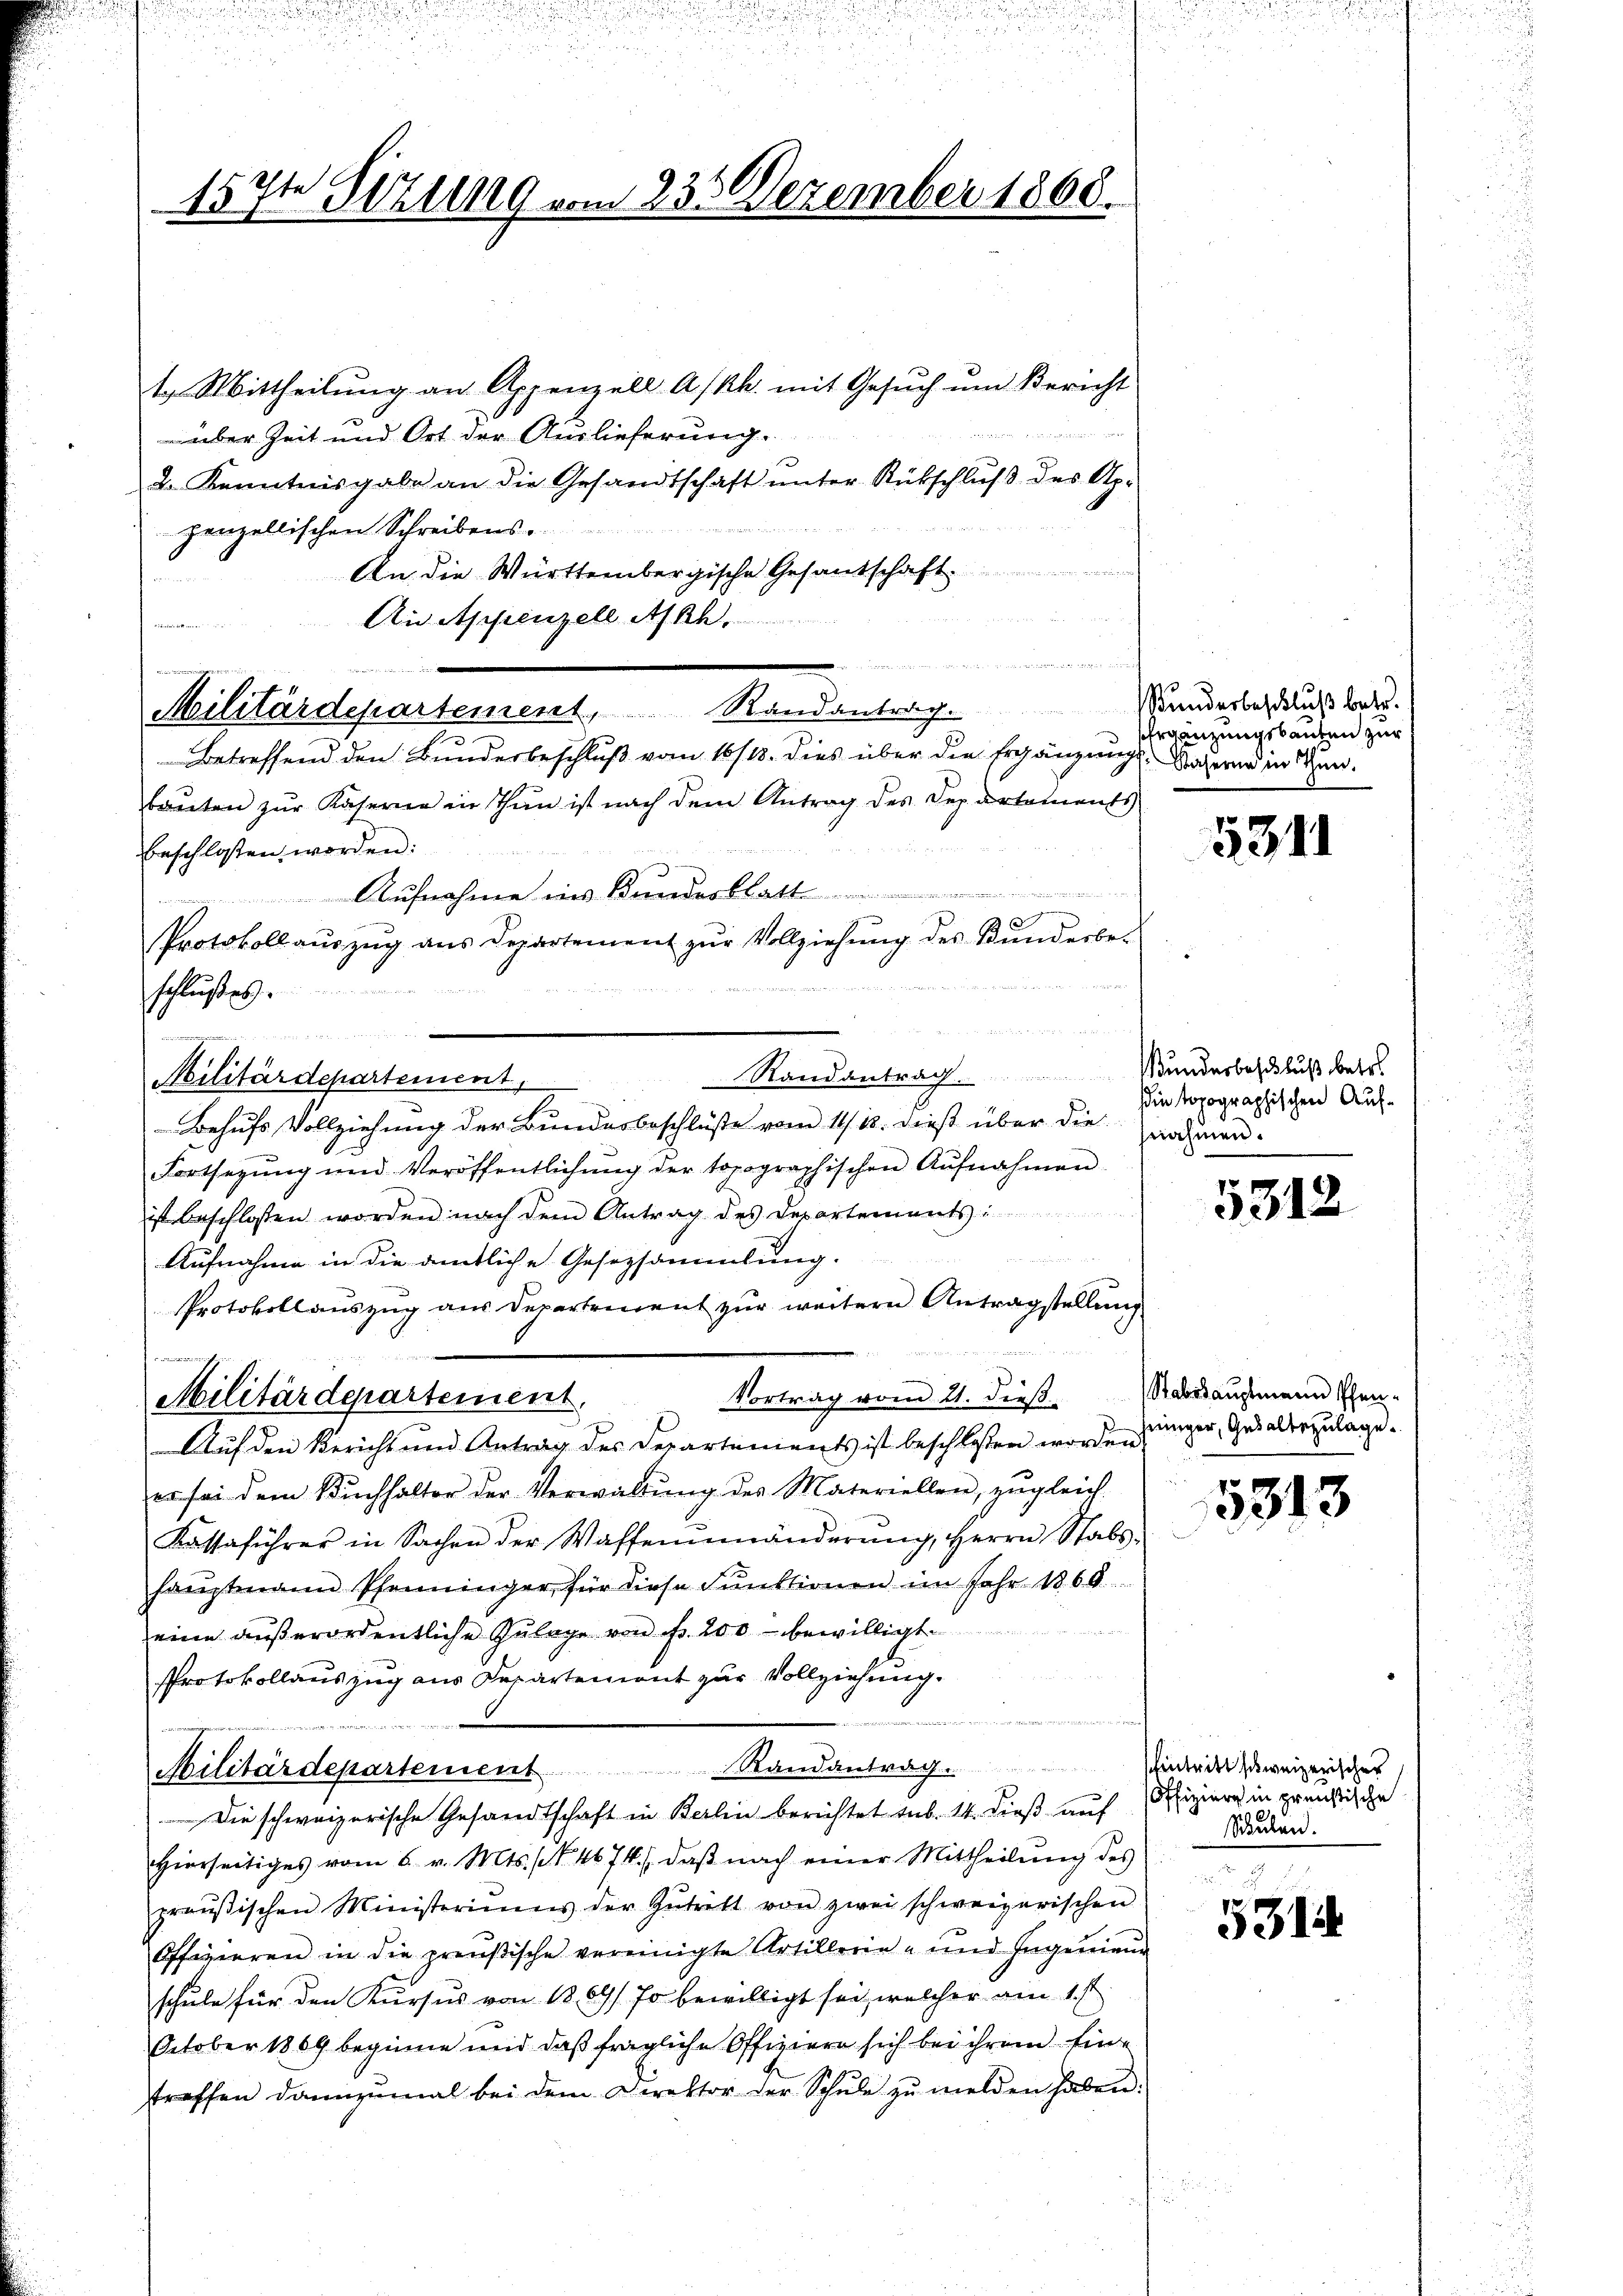
157te Sizung vom 235 Dezember 1868.

n

t. Mittheilŭng an Appenzell A/Rh. mit Gesŭch ŭm Bericht
nüber Zeit und Ort der Auslieferung.
2. Kenntnisgabe an die Gesandtschaft ŭnter Rückschlŭβ des Ap-
e
penzellischen Schreibens-
An die Württembergische Gesandschaft
An Appenzell A/Rh.
k
Militärdepartement, Randantrag.
Betreffend den Bundesbeschluß vom 16/18. dies über die Ergänzungs- Nähern in denbauten zur Kaserne in Thun ist nach dem Antrag des Departements
beschlossen worden:
Aufnahme ins Bundesblatt ........................
Protokoll aŭszŭg ans Departement zŭr Vollziehŭng des Bŭndesbe-
t

schlußes.
u

Randantrag Wunderbeschluß betr.
Militärdepartement,
Behufs Vollziehung der Bundesbeschluße vom 11/18. dieß über die namen-
Fortsezung und Veröffentlichŭng der topographischen Aŭfnahmen
ist beschlossen worden nach dem Antrag des Departements:
 d
Aufnahme in die amtliche Gesetzsammlung.
Protokollauszug aus Departement zur weitern Antragstellung
d
w
Militärdepartement.
Vortrag vom 21. dieß
Auf den Bericht und Antrag des Departements ist beschlossen worden
er sei dem Bŭchhalter der Verwaltŭng des Materiellen, zugleich-
Kassaführer in Sachen der Waffenmänderŭng, Herrn Stabs-
haŭptmann Pfenninger, für diese Funktionen im Jahr 1866.
eine außerordentliche Zulage von fr. 200 bewilligt.
Protokollauszug aus Departemont zur Vollziehung.
Militärdepartement Randantrag.
Die schweizerische Gesandtschaft in Berlin berichtet sub. 14. dieß auf
Hierseitiges vom 6. v. Mts. (§ 4674), daβ nach einer Mittheilŭng des
praŭβischen Ministeriums der Getritt von zwei schweizerischen
Offizieren in die preußische vereinigte Artillerie - und Ingenieur
schule für den Kursus von 1869/ so bewilligt sei, welcher am 1.
October 1869 beginne und daß fragliche Offiziere sich bei ihrem Eintreffen dannzumal bei dem Direktor der Schŭle zŭ melden haben.

s wird einer und sich aus der an sich

Kundesbeschluß betr.
Ergänzungsbauten zur

5311

in topographischen Auf¬

5312

Stabshauptmann Pfen¬
 jeinger, Gesaltezulage.

5313

hintritt schweizerischer
Offiziere in preußische
Schulen.
.

5314